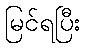
မြင်ရပြီး